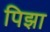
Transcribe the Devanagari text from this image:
पिझा